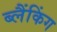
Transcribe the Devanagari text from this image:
ब्लैंकिंग